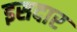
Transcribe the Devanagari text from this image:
इसदार